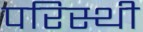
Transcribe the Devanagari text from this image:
परिस्थी